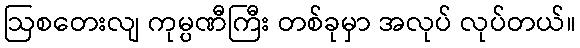
ဩစတေးလျ ကုမ္ပဏီကြီး တစ်ခုမှာ အလုပ် လုပ်တယ်။